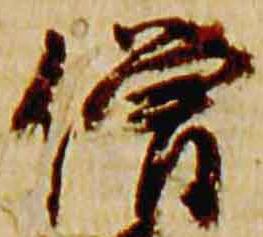
僧